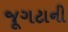
જૂગટાની